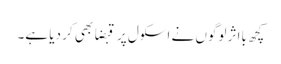
کچھ بااثر لوگوں نے اسکول پر قبضا بھی کر دیا ہے۔